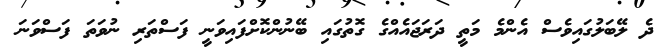
ދެ ލޭބަލުގައިވެސް އެންމެ މަތީ ދަރަޖައެއްގެ ގޮތުގައި ބޭނުންކޮށްފައިވަނީ ފަސްތަރި ނުވަތަ ފަސްވަނަ